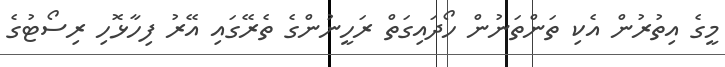
މީގެ އިތުރުން އެކި ތަންތަނުން ހޯދައިގަތް ރަހީނުންގެ ތެރޭގައި އޭރު ފިހާޅޮހި ރިސޯޓުގެ